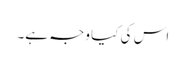
اس کی کیا وجہ ہے۔